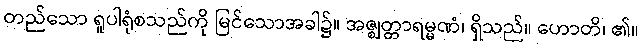
တည်သော ရူပါရုံစသည်ကို မြင်သောအခါ၌။ အဇ္ဈတ္တာရမ္မဏံ၊ ရှိသည်။ ဟောတိ၊ ၏။